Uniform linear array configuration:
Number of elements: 64
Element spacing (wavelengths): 0.25
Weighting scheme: blackman
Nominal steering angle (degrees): -45
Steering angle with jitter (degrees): -44.286
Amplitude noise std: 0.05
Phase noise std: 0.05

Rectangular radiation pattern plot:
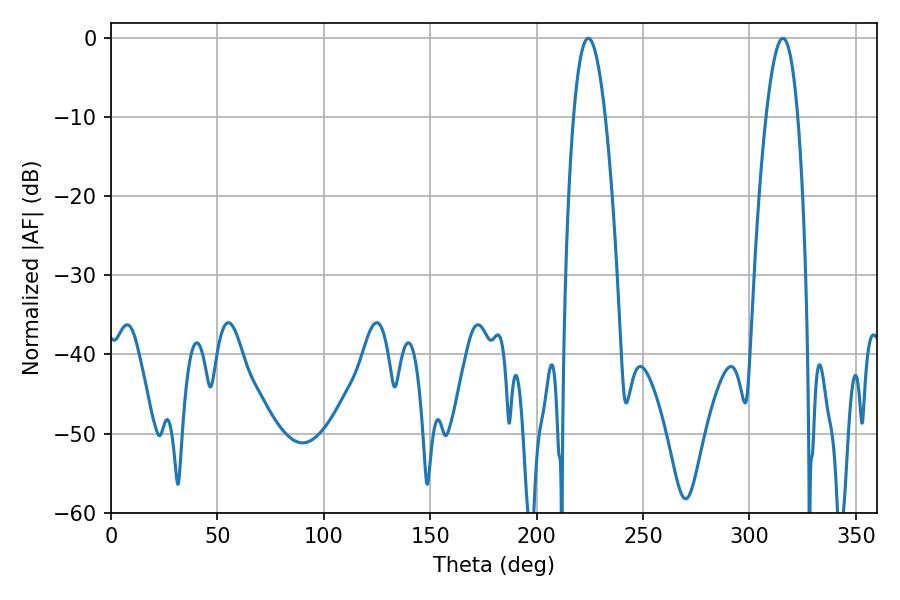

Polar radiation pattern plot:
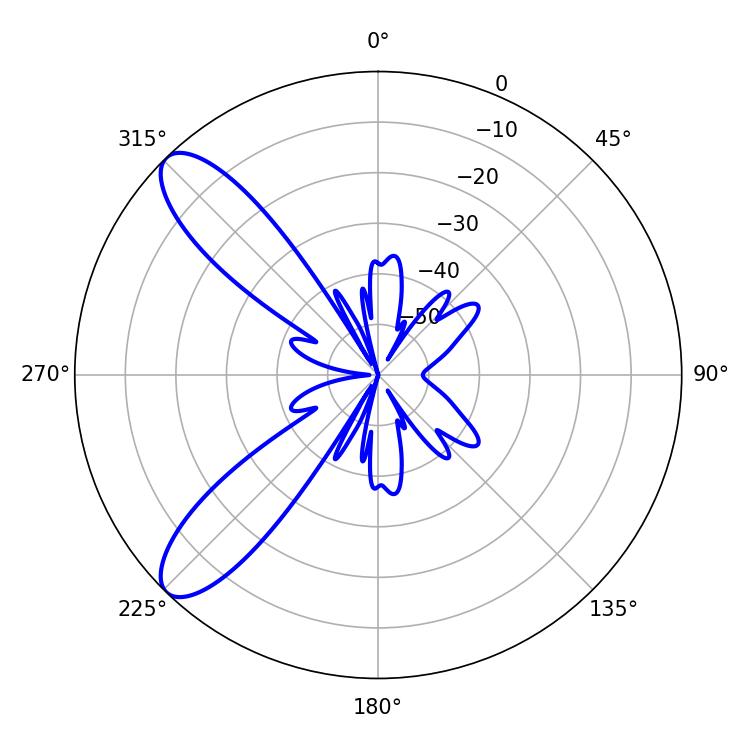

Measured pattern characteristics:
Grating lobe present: FALSE
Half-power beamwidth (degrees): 8.28
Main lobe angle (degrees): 224.28